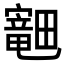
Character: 𪽣